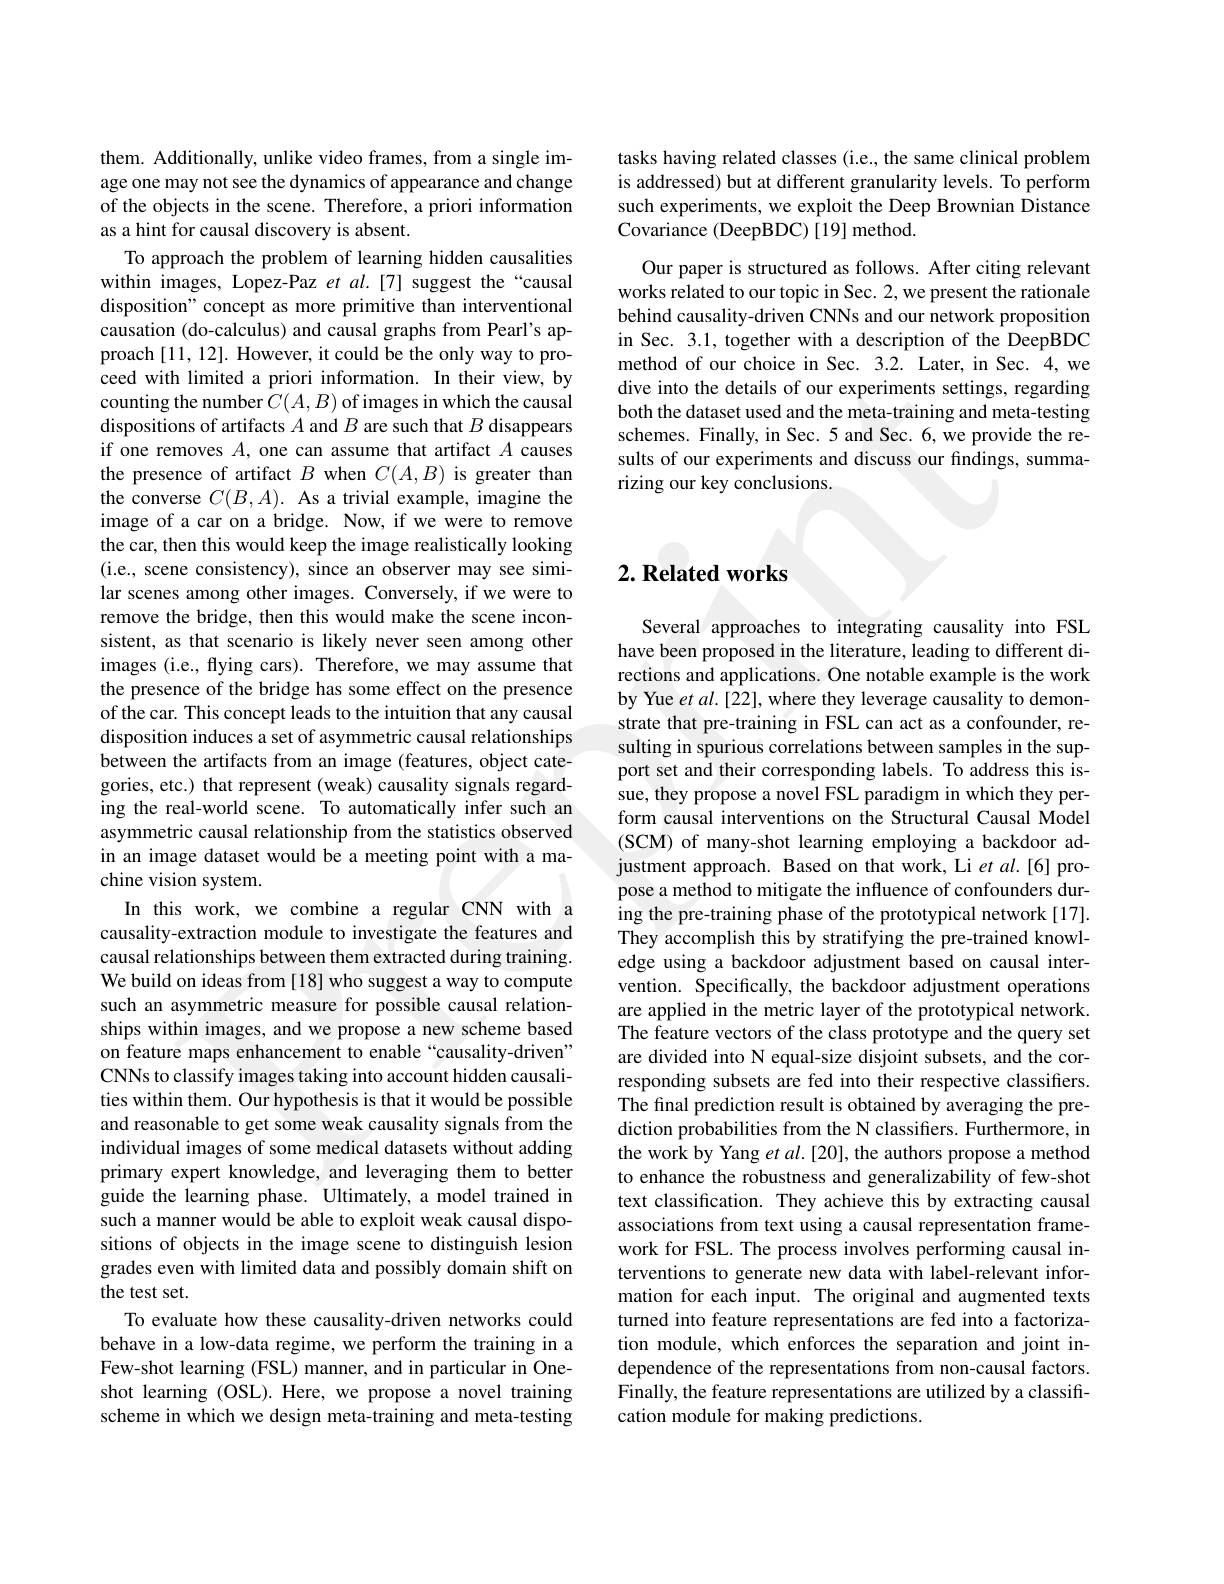
tasks having related classes (i.e., the same clinical problem is addressed) but at different granularity levels. To perform such experiments, we exploit the Deep Brownian Distance Covariance (DeepBDC) [19] method.

Our paper is structured as follows. After citing relevant works related to our topic in Sec. 2, we present the rationale behind causality-driven CNNs and our network proposition in Sec. 3.1, together with a description of the DeepBDC method of our choice in Sec. 3.2. Later, in Sec. 4,we dive into the details of our experiments settings, regarding both the dataset used and the meta-training and meta-testing schemes. Finally, in Sec. 5 and Sec. 6, we provide the results of our experiments and discuss our findings, summarizing our key conclusions.

them. Additionally, unlike video frames, from a single image one may not see the dynamics of appearance and change of the objects in the scene. Therefore, a priori information as a hint for causal discovery is absent.
To approach the problem of learning hidden causalities within images, Lopez-Paz et $al.[7]$ suggest the“causal disposition" concept as more primitive than interventional causation (do-calculus) and causal graphs from Pearl's approach [11,12]. However, it could be the only way to proceed with limited a priori information. In their view, by counting the number $C(A,B)$ of images in which the causal dispositions of artifacts $A$ and $B$ are such that $B$ disappears if one removes $A$, one can assume that artifact $A$ causes the presence of artifact $B$ when $C(A,B)$ is greater than the converse $C(B,A).$ As a trivial example, imagine the image of a car on a bridge. Now, if we were to remove the car, then this would keep the image realistically looking (i.e., scene consistency), since an observer may see similar scenes among other images. Conversely, if we were to remove the bridge, then this would make the scene inconsistent, as that scenario is likely never seen among other images (i.e., flying cars). Therefore, we may assume that the presence of the bridge has some effect on the presence of the car. This concept leads to the intuition that any causal disposition induces a set of asymmetric causal relationships between the artifacts from an image (features, object categories, etc.) that represent (weak) causality signals regarding the real-world scene. To automatically infer such an asymmetric causal relationship from the statistics observed in an image dataset would be a meeting point with a machine vision system.
In this work, we combine a regular CNN with a causality-extraction module to investigate the features and causal relationships between them extracted during training. We build on ideas from [18] who suggest a way to compute such an asymmetric measure for possible causal relationships within images, and we propose a new scheme based on feature maps enhancement to enable “causality-driven” CNNs to classify images taking into account hidden causalities within them. Our hypothesis is that it would be possible and reasonable to get some weak causality signals from the individual images of some medical datasets without adding primary expert knowledge, and leveraging them to better guide the learning phase. Ultimately, a model trained in such a manner would be able to exploit weak causal dispositions of objects in the image scene to distinguish lesion grades even with limited data and possibly domain shift on the test set.
To evaluate how these causality-driven networks could behave in a low-data regime, we perform the training in a Few-shot learning (FSL) manner, and in particular in Oneshot learning (OSL). Here, we propose a novel training scheme in which we design meta-training and meta-testing

## $2. \textbf{ Related works}$

Several approaches to integrating causality into FSL have been proposed in the literature, leading to different directions and applications. One notable example is the work by Yue $etal.[22]$, where they leverage causality to demonstrate that pre-training in FSL can act as a confounder, resulting in spurious correlations between samples in the support set and their corresponding labels. To address this issue, they propose a novel FSL paradigm in which they perform causal interventions on the Structural Causal Model (SCM) of many-shot learning employing a backdoor adjustment approach. Based on that work, Li et al.[6]propose a method to mitigate the influence of confounders during the pre-training phase of the prototypical network[17]. They accomplish this by stratifying the pre-trained knowledge using a backdoor adjustment based on causal intervention. Specifically, the backdoor adjustment operations are applied in the metric layer of the prototypical network The feature vectors of the class prototype and the query set are divided into N equal-size disjoint subsets, and the corresponding subsets are fed into their respective classiffers. The final prediction result is obtained by averaging the prediction probabilities from the N classifiers. Furthermore, in the work by Yang et $al.[20]$, the authors propose a method to enhance the robustness and generalizability of few-shot text classification. They achieve this by extracting causal associations from text using a causal representation framework for FSL. The process involves performing causal interventions to generate new data with label-relevant information for each input. The original and augmented texts turned into feature representations are fed into a factorization module, which enforces the separation and joint independence of the representations from non-causal factors. Finally, the feature representations are utilized by a classification module for making predictions.